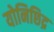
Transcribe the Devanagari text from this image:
योनिछिद्र